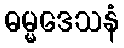
ဓမ္မဒေသနံ